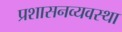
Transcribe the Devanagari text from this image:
प्रशासनव्यवस्था